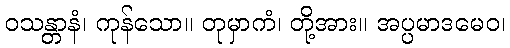
ဝသန္တာနံ၊ ကုန်သော။ တုမှာကံ၊ တို့အား။ အပ္ပမာဒမေဝ၊